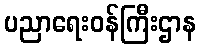
ပညာရေးဝန်ကြီးဌာန